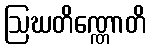
ဩဃတိဏ္ဏောတိ